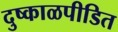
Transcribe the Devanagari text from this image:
दुष्काळपीडित